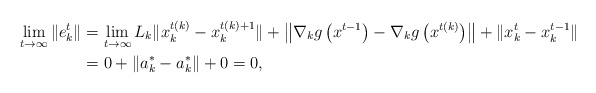
\begin{align*}\lim_{t\to\infty}\|e^t_k\|&=\lim_{t\to\infty}L_k\|x^{t(k)}_k-x^{t(k)+1}_k\|+\left\|\nabla_kg\left(x^{t-1}\right)-\nabla_kg\left(x^{t(k)}\right)\right\|+\|x^{t}_k-x_k^{t-1}\|\\&=0+\|a_k^*-a_k^*\|+0=0,\end{align*}